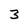
Character: 3